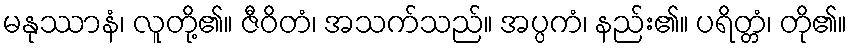
မနုဿာနံ၊ လူတို့၏။ ဇီဝိတံ၊ အသက်သည်။ အပ္ပကံ၊ နည်း၏။ ပရိတ္တံ၊ တို၏။